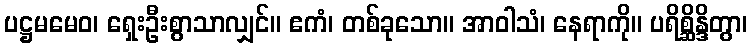
ပဋ္ဌမမေဝ၊ ရှေးဦးစွာသာလျှင်။ ဧကံ၊ တစ်ခုသော။ အာဝါသံ၊ နေရာကို။ ပရိစ္ဆိန္ဒိတွာ၊